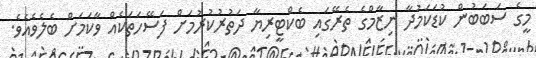
މީގެ ސަބަބުން ކުޑަކަމުދާ ނިޒާމްގެ ތެރޭގައި ބެކްޓީރިޔާ ދަތުރުކުރުމަށް ފަސޭހަތަކެއް ވާކަމަށް ބެލެވެއެވެ.